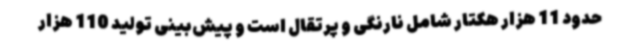
حدود 11 هزار هکتار شامل نارنگی و پرتقال است و پیش‌بینی تولید 110 هزار